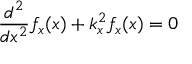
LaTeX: { \frac { d ^ { 2 } } { d x ^ { 2 } } } f _ { x } ( x ) + k _ { x } ^ { 2 } f _ { x } ( x ) = 0